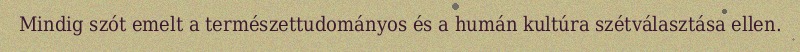
Mindig szót emelt a természettudományos és a humán kultúra szétválasztása ellen.